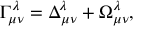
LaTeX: \Gamma _ { \mu \nu } ^ { \lambda } = \Delta _ { \mu \nu } ^ { \lambda } + \Omega _ { \mu \nu } ^ { \lambda } ,